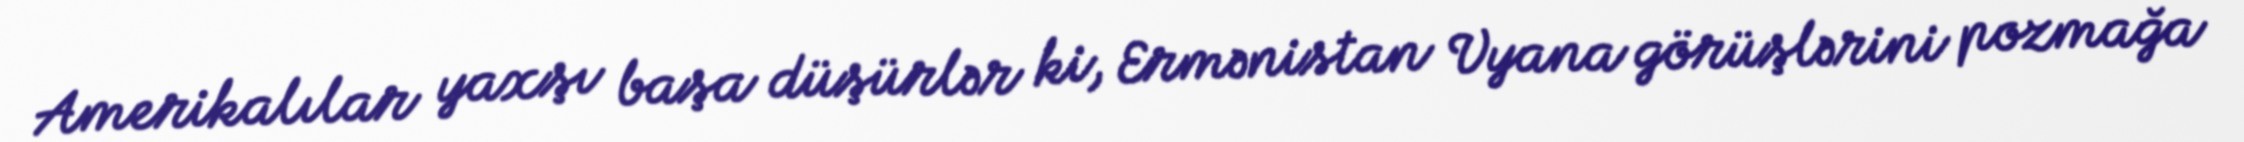
Amerikalılar yaxşı başa düşürlər ki, Ermənistan Vyana görüşlərini pozmağa